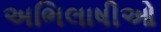
અભિલાષીઓ